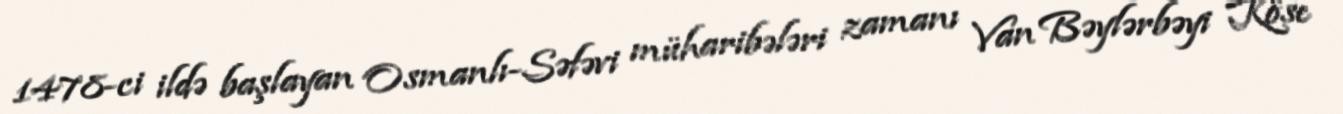
1478-ci ildə başlayan Osmanlı-Səfəvi müharibələri zamanı Van Bəylərbəyi Köse